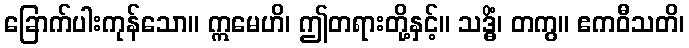
ခြောက်ပါးကုန်သော။ ဣမေဟိ၊ ဤတရားတို့နှင့်။ သဒ္ဓိံ၊ တကွ။ ဧကဝီသတိ၊